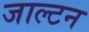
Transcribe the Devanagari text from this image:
जाल्‍टन